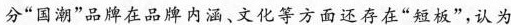
分”国潮”品牌在品牌内涵，文化等方面还存在”短板”，认为